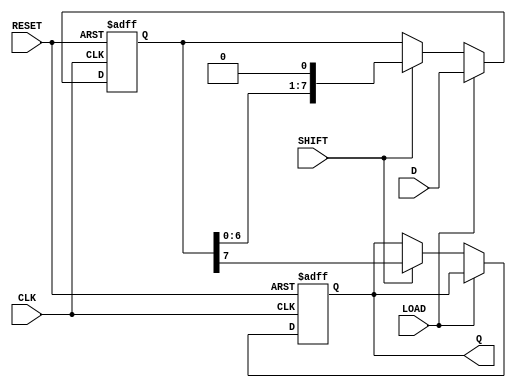
module PISO_Register #(
    parameter DATA_WIDTH = 8 // Parameter to set the width of the parallel data input
)(
    input wire [DATA_WIDTH-1:0] D,      // Parallel data input
    input wire LOAD,                    // Load control signal
    input wire SHIFT,                   // Shift control signal
    input wire CLK,                     // Clock signal
    input wire RESET,                   // Reset signal
    output reg Q                       // Serial output
);

    // Internal register to hold the data
    reg [DATA_WIDTH-1:0] shift_reg;

    always @(posedge CLK or posedge RESET) begin
        if (RESET) begin
            // Clear the shift register
            shift_reg <= {DATA_WIDTH{1'b0}};
            Q <= 1'b0;
        end else begin
            if (LOAD) begin
                // Load parallel data into the shift register
                shift_reg <= D;
            end else if (SHIFT) begin
                // Shift data out serially
                Q <= shift_reg[DATA_WIDTH-1]; // output the MSB
                shift_reg <= {shift_reg[DATA_WIDTH-2:0], 1'b0}; // Shift left
            end
        end
    end

endmodule